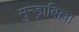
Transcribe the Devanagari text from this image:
मुन्ड्राबिल्ला